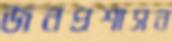
জনপ্রশাসন